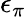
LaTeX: \epsilon_{\pi}